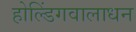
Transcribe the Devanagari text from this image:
होल्डिंगवालाधन